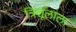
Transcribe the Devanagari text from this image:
त्रिशूलाला